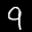
Label: 9